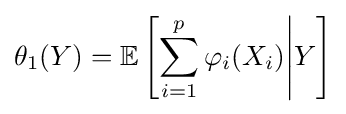
\theta _{1}(Y)=\mathbb {E} \left[\sum _{i=1}^{p}\varphi _{i}(X_{i}){\Bigg |}Y\right]